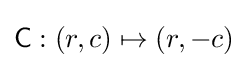
{\mathsf {C}}:(r,c)\mapsto (r,-c)